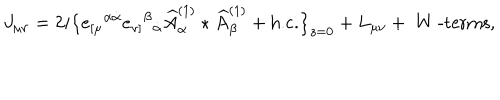
J _ { \mu \nu } = 2 i \big \{ e _ { [ \mu } { } ^ { \alpha \dot { \alpha } } e _ { \nu ] } { } ^ { \beta } { } _ { \dot { \alpha } } \widehat A _ { \alpha } ^ { ( 1 ) } \star \widehat A _ { \beta } ^ { ( 1 ) } + \mathrm { h . c . } \big \} _ { z = 0 } + L _ { \mu \nu } + \mathrm { ~ W ~ - t e r m s } ,